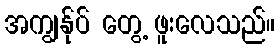
အကျွန်ုပ် တွေ့ ဖူးလေသည်။